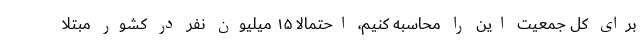
برای کل جمعیت این را محاسبه کنیم، احتمالاً ۱۵ میلیون نفر در کشور مبتلا